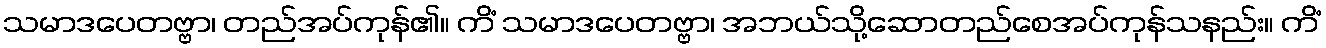
သမာဒပေတဗ္ဗာ၊ တည်အပ်ကုန်၏။ ကိံ သမာဒပေတဗ္ဗာ၊ အဘယ်သို့ဆောတည်စေအပ်ကုန်သနည်း။ ကိံ